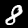
Digit: 8